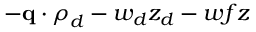
- \mathbf { q } \cdot \boldsymbol { \rho } _ { d } - w _ { d } z _ { d } - w f z